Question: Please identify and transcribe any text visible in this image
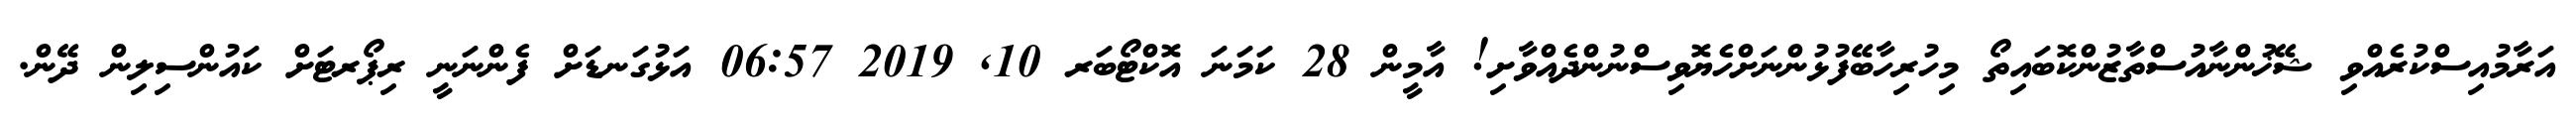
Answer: އަރާމުއިސްކުރެއްވި ޝޭޚުންނާއުސްތާޒުންކޮބައިތޯ މިހުރިހާބޭފުޅުންނަށްހެޔޮވިސްނުންދެއްވާށި! އާމީން 28 ކަމަނަ އޮކްޓޯބަރ 10, 2019 06:57 އަޅުގަނޑަށް ފެންނަނީ ރިޕޯރޓަށް ކައުންސިލިން ދޭން.